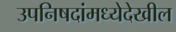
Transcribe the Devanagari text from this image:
उपनिषदांमध्येदेखील